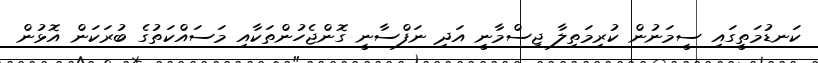
ކަނޑުމަތީގައި ސީމަނުން ކުރިމަތިލާ ޖިސްމާނީ އަދި ނަފްސާނީ ގޮންޖެހުންތަކާއި މަސައްކަތުގެ ބުރަކަން އޮޅުން